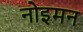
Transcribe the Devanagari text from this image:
नोइमन